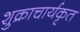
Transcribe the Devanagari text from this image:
शुक्राचार्यकृत